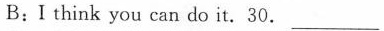
B:I think you can do it.30.___